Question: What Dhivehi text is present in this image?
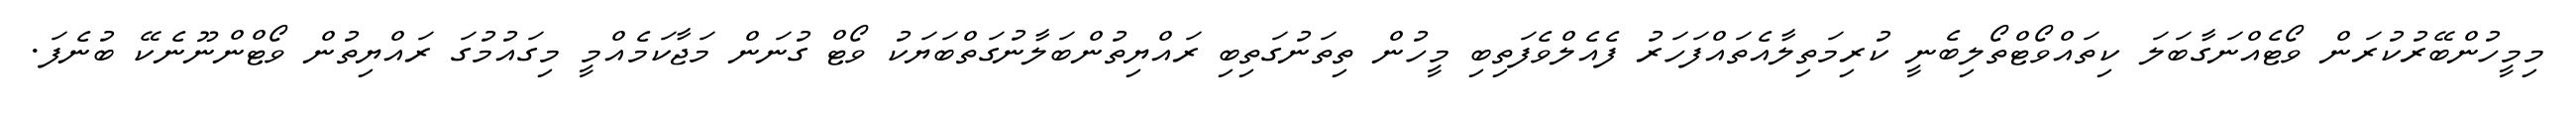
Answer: މިމީހުންބޭރުކުރަން ވޯޓެއްނަގާބަލަ ކިތައްވޯޓްތޯލިބެނީ ކުރިމަތިލާއެތައްފަހަރު ފެއެލްވެފަތިބި މީހުން ތިތަނުގަތިބި ރައްޔިތުންބަލާނުގަތްބަޔަކު ވޯޓް ގުނަން މަޖާކަމެއްމީ މިގައުމުގަ ރައްޔިތުން ވޯޓްންނޫނެކޭ ބުނެފަ.